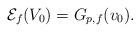
LaTeX: \begin{align*}\mathcal{E}_{f}(V_0)=G_{p,f}(v_0).\end{align*}